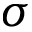
\boldsymbol { \sigma }